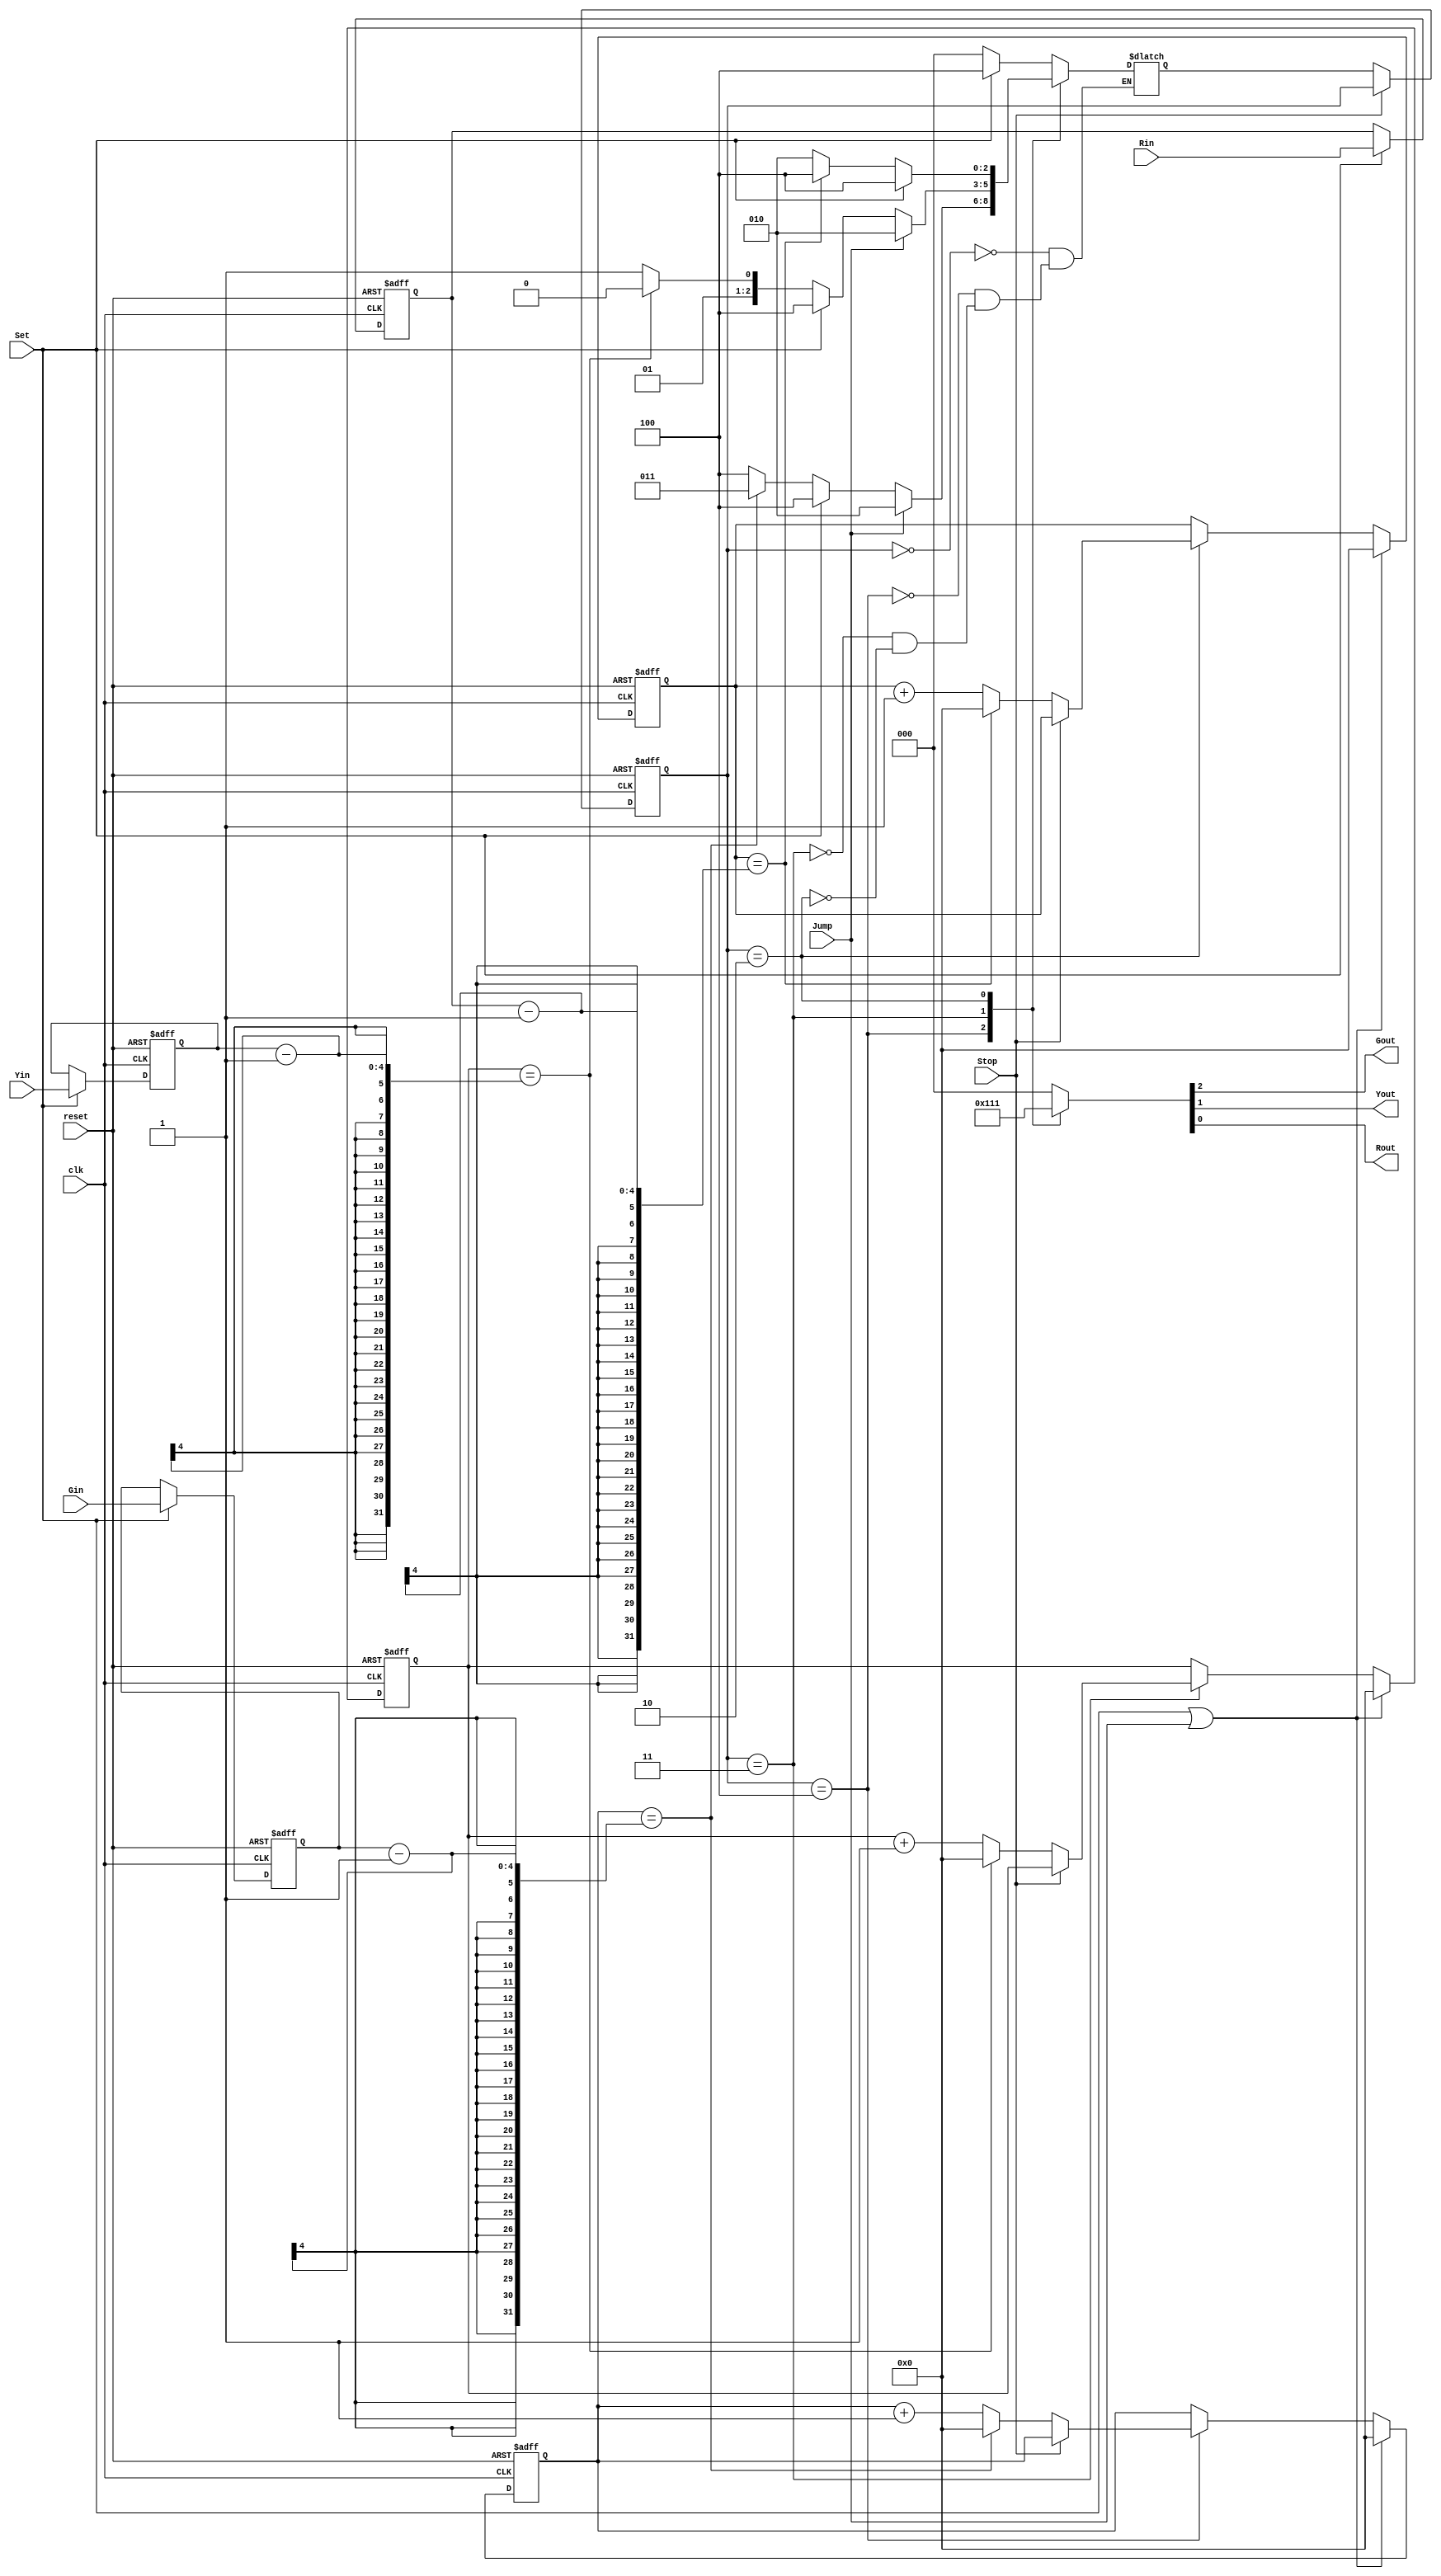
module TLS(clk, reset, Set, Stop, Jump, Gin, Yin, Rin, Gout, Yout, Rout);
input           clk;
input           reset;
input           Set;
input           Stop;
input           Jump;
input     [3:0] Gin;
input     [3:0] Yin;
input     [3:0] Rin;
output reg         Gout;
output reg      Yout;
output reg      Rout;

/*
    Write Your Design Here ~
*/
parameter state_idle = 3'd0;
parameter state_set = 3'd1;
parameter state_red = 3'd2;
parameter state_yellow = 3'd3;
parameter state_green = 3'd4;
reg [2:0] state,next_state;
reg [3:0] r_num,y_num,g_num;
reg [3:0] gcnt,ycnt,rcnt;
wire g_done,r_done,y_done;
//reg g_done,r_done,y_done;

always@(posedge clk, posedge reset)begin
	if(reset) state <= state_idle;
	else if (!Stop)state <= next_state; 
end
reg stop_flag;
always@(posedge clk, posedge reset)begin
	if(reset) stop_flag <= 0;
	else if (Stop)stop_flag <= 1;
	else stop_flag <= 0; 
end


always @(*)begin
	case(state)
		state_idle:begin
			if(Set)next_state=state_green;
			else next_state = state_idle;
		end
		state_green:begin
			if (Jump) next_state = state_red;
			else if (Set) next_state=state_green;
			else if(g_done /*|| stop_flag*/) next_state=state_yellow;
			else next_state=state_green;
		end
		state_yellow:begin
			if (Jump) next_state = state_red;
			else if (Set) next_state=state_green;
			else if(y_done/*|| stop_flag*/)next_state=state_red;
			else next_state=state_yellow;
		end
		state_red:begin
			if (Set) next_state=state_green;
			else if(r_done /*|| stop_flag*/)next_state=state_green;
			else next_state=state_red;
		end
	endcase
end

always @(posedge clk, posedge reset)begin
	if (reset) begin
		r_num <= 4'd0;
		y_num <= 4'd0;
		g_num <= 4'd0;
	end
	else if (Set) begin
		r_num <= Rin;
		y_num <= Yin;
		g_num <= Gin;
	end
end

assign g_done=(gcnt==(g_num-1));
assign y_done=(ycnt==(y_num-1));
assign r_done=(rcnt==(r_num-1));

/*
always @(posedge clk, posedge reset) begin
	if (reset) begin
		{g_done,y_done,r_done} <= 3'b000;
	end
	else begin
		 g_done<=(gcnt==(g_num-2));
		 y_done<=(ycnt==(y_num-2));
		 r_done<=(rcnt==(r_num-2));
	end
end
*/
always @(posedge clk, posedge reset) begin
	if(reset) {gcnt,ycnt,rcnt}<={4'd0,4'd0,4'd0};
	else if (Set || Jump) {gcnt,ycnt,rcnt}<={4'd0,4'd0,4'd0};
	else begin
		case(state)
			state_green:begin
				if (!Stop) begin
					if (gcnt==(g_num-1))gcnt<=4'd0;
					else /*if (!Stop)*/gcnt<=gcnt+1;
				end
				//else if(!stop_flag)gcnt<=gcnt+1;
			end
			state_yellow:begin
				if (!Stop) begin
					if (ycnt==(y_num-1))ycnt<=4'd0;
					else /*if (!Stop)*/ycnt<=ycnt+1;
				end
				//else if(!stop_flag)ycnt<=ycnt+1;
			end
			state_red:begin
				if (!Stop) begin
					if (rcnt==(r_num-1))rcnt<=4'd0;
					else /*if (!Stop)*/rcnt<=rcnt+1;
				end
				//else if(!stop_flag)rcnt<=rcnt+1;
			end
		endcase
	end
end
always @(*) begin
	case(state)
		state_green:{Gout,Yout,Rout}=3'b100;
		state_yellow:{Gout,Yout,Rout}=3'b010;
		state_red:{Gout,Yout,Rout}=3'b001;
		default:{Gout,Yout,Rout}=3'b000;
	endcase
end







endmodule